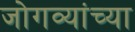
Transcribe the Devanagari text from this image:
जोगव्यांच्या